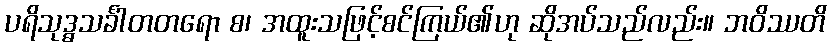
ပရိသုဒ္ဓသင်္ခါတတရော စ၊ အထူးသဖြင့်စင်ကြယ်၏ဟု ဆိုအပ်သည်လည်း။ ဘဝိဿတိ